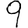
Digit: 9